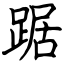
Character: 踞